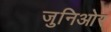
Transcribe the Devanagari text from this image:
जुनिओर